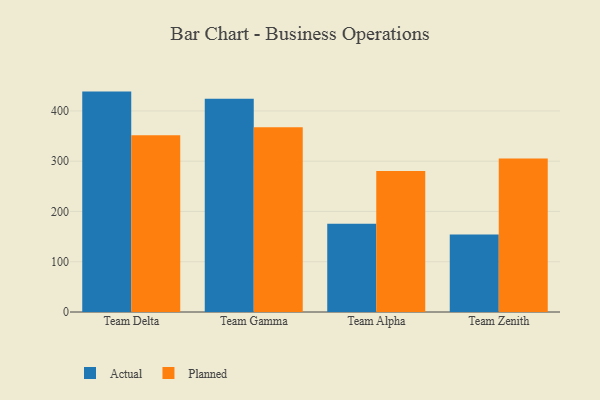
{"axis": {"x": "Team", "y": "Humidity (%)"}, "legend": ["Actual", "Planned"], "data": [{"x": "Team Delta", "y": 438.4, "type": "Actual"}, {"x": "Team Delta", "y": 351.8, "type": "Planned"}, {"x": "Team Gamma", "y": 424.4, "type": "Actual"}, {"x": "Team Gamma", "y": 367.6, "type": "Planned"}, {"x": "Team Alpha", "y": 175.6, "type": "Actual"}, {"x": "Team Alpha", "y": 280.3, "type": "Planned"}, {"x": "Team Zenith", "y": 154.0, "type": "Actual"}, {"x": "Team Zenith", "y": 305.5, "type": "Planned"}]}